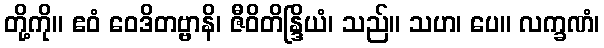
တို့ကို။ ဧဝံ ဝေဒိတဗ္ဗာနိ၊ ဇီဝိတိန္ဒြိယံ၊ သည်။ သဟ၊ ပေ။ လက္ခဏံ၊